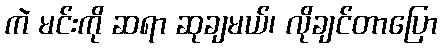
ကဲ မင်းကို ဆရာ ဆုချမယ်၊ လိုချင်တာပြော